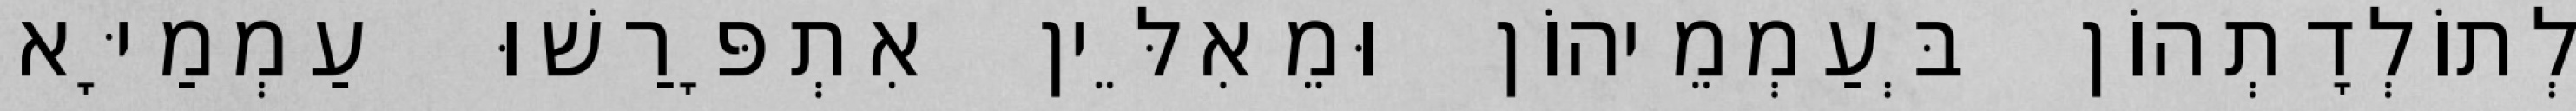
לְתוֹלְדָתְהוֹן בְּעַמְמֵיהוֹן וּמֵאִלֵּין אִתְפָּרַשׁוּ עַמְמַיָּא